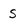
Character: s